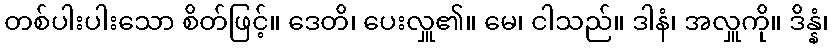
တစ်ပါးပါးသော စိတ်ဖြင့်။ ဒေတိ၊ ပေးလှူ၏။ မေ၊ ငါသည်။ ဒါနံ၊ အလှူကို။ ဒိန္နံ၊